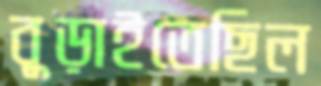
বুড়াইতেছিল